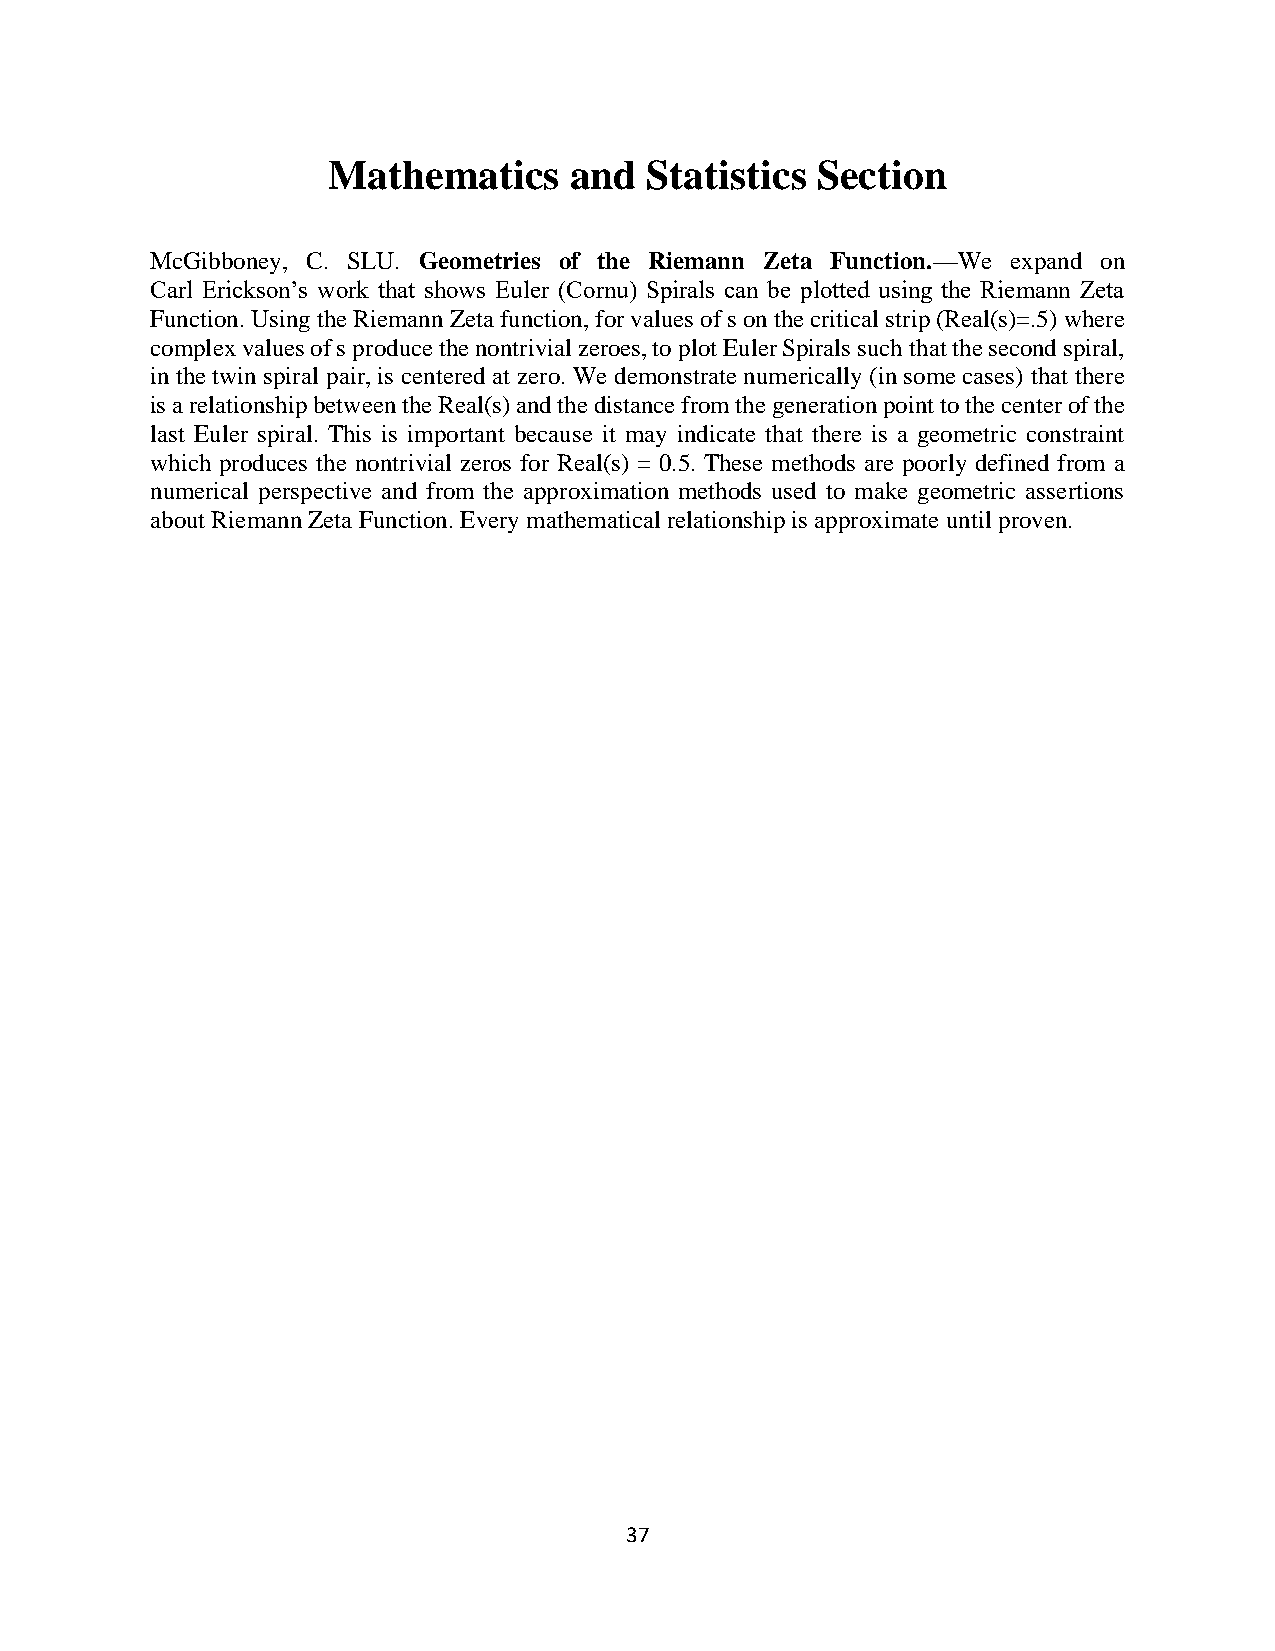
Mathematics     and  Statistics Section
 McGibboney, C. SLU. Geometries of the Riemann Zeta Function.—We expand on
 Carl Erickson’s work that shows Euler (Cornu) Spirals can be plotted using the Riemann Zeta
 Function. Using the Riemann Zeta function, for values of s on the critical strip (Real(s)=.5) where
 complex values of s produce the nontrivial zeroes, to plot Euler Spirals such that the second spiral,
 in the twin spiral pair, is centered at zero. We demonstrate numerically (in some cases) that there
 is a relationship between the Real(s) and the distance from the generation point to the center of the
 last Euler spiral. This is important because it may indicate that there is a geometric constraint
 which produces the nontrivial zeros for Real(s) = 0.5. These methods are poorly defined from a
 numerical perspective and from the approximation methods used to make geometric assertions
 about Riemann Zeta Function. Every mathematical relationship is approximate until proven.
 37